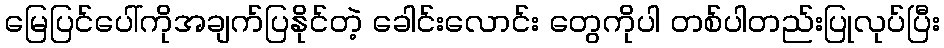
မြေပြင်ပေါ်ကိုအချက်ပြနိုင်တဲ့ ခေါင်းလောင်း တွေကိုပါ တစ်ပါတည်းပြုလုပ်ပြီး